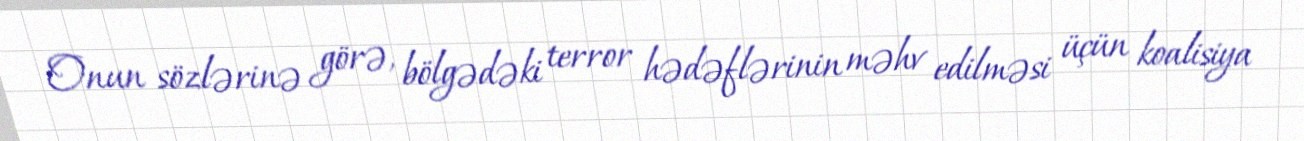
Onun sözlərinə görə, bölgədəki terror hədəflərinin məhv edilməsi üçün koalisiya